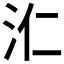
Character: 𣲚